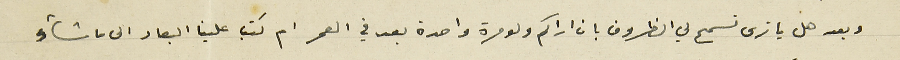
وبعد هل يا ترى تسمح لي الظروف بان اراكم ولو مرة واحدة بعد في العمر ام كتب علينا البعاد الى ما شاء